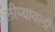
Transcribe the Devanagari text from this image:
लीप्यावली